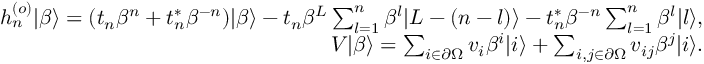
\begin{array} { r l r } & { } & { h _ { n } ^ { ( o ) } | \beta \rangle = ( t _ { n } \beta ^ { n } + t _ { n } ^ { \ast } \beta ^ { - n } ) | \beta \rangle - t _ { n } \beta ^ { L } \sum _ { l = 1 } ^ { n } \beta ^ { l } | L - ( n - l ) \rangle - t _ { n } ^ { \ast } \beta ^ { - n } \sum _ { l = 1 } ^ { n } \beta ^ { l } | l \rangle , } \\ & { } & { V | \beta \rangle = \sum _ { i \in \partial \Omega } v _ { i } \beta ^ { i } | i \rangle + \sum _ { i , j \in \partial \Omega } v _ { i j } \beta ^ { j } | i \rangle . } \end{array}